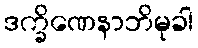
ဒက္ခိဏေနာဘိမုခါ